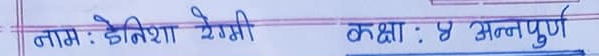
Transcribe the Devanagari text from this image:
नाम : डेनिशा शेर्मी  कक्षा : ५ अन्नपुर्ण